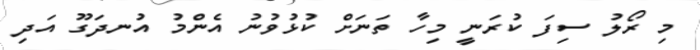
މި ރޯލު ސިފަ ކުރަނީ މިހާ ތަނަށް ކުޅުވުނު އެންމު އުނދަގޫ އަދި